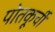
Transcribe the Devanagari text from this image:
पोतकूर्ची